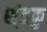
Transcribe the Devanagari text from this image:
श्ंडकु